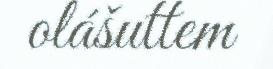
olášuttem